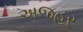
અજહર